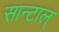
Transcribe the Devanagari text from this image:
सान्टाल्